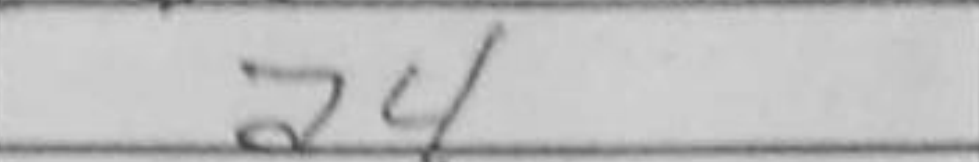
Transcription: a4